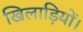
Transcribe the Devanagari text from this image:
खिलाड़ियों।